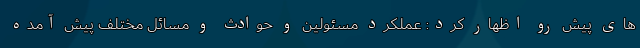
های پیش رو اظهار کرد: عملکرد مسئولین و حوادث و مسائل مختلف پیش آمده